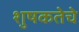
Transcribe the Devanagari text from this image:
शुषकतेचे